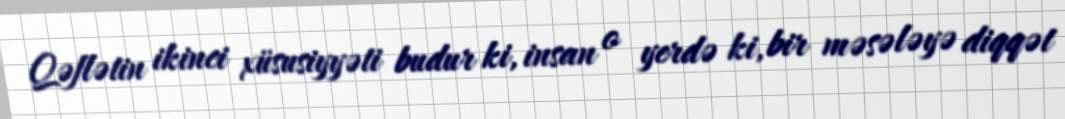
Qəflətin ikinci xüsusiyyəti budur ki, insan o yerdə ki, bir məsələyə diqqət